NAE_ERA_R-1886_ENSV_Rahvamajanduse_Noukogu_Kergetoostuse_Valitsus, lk 164
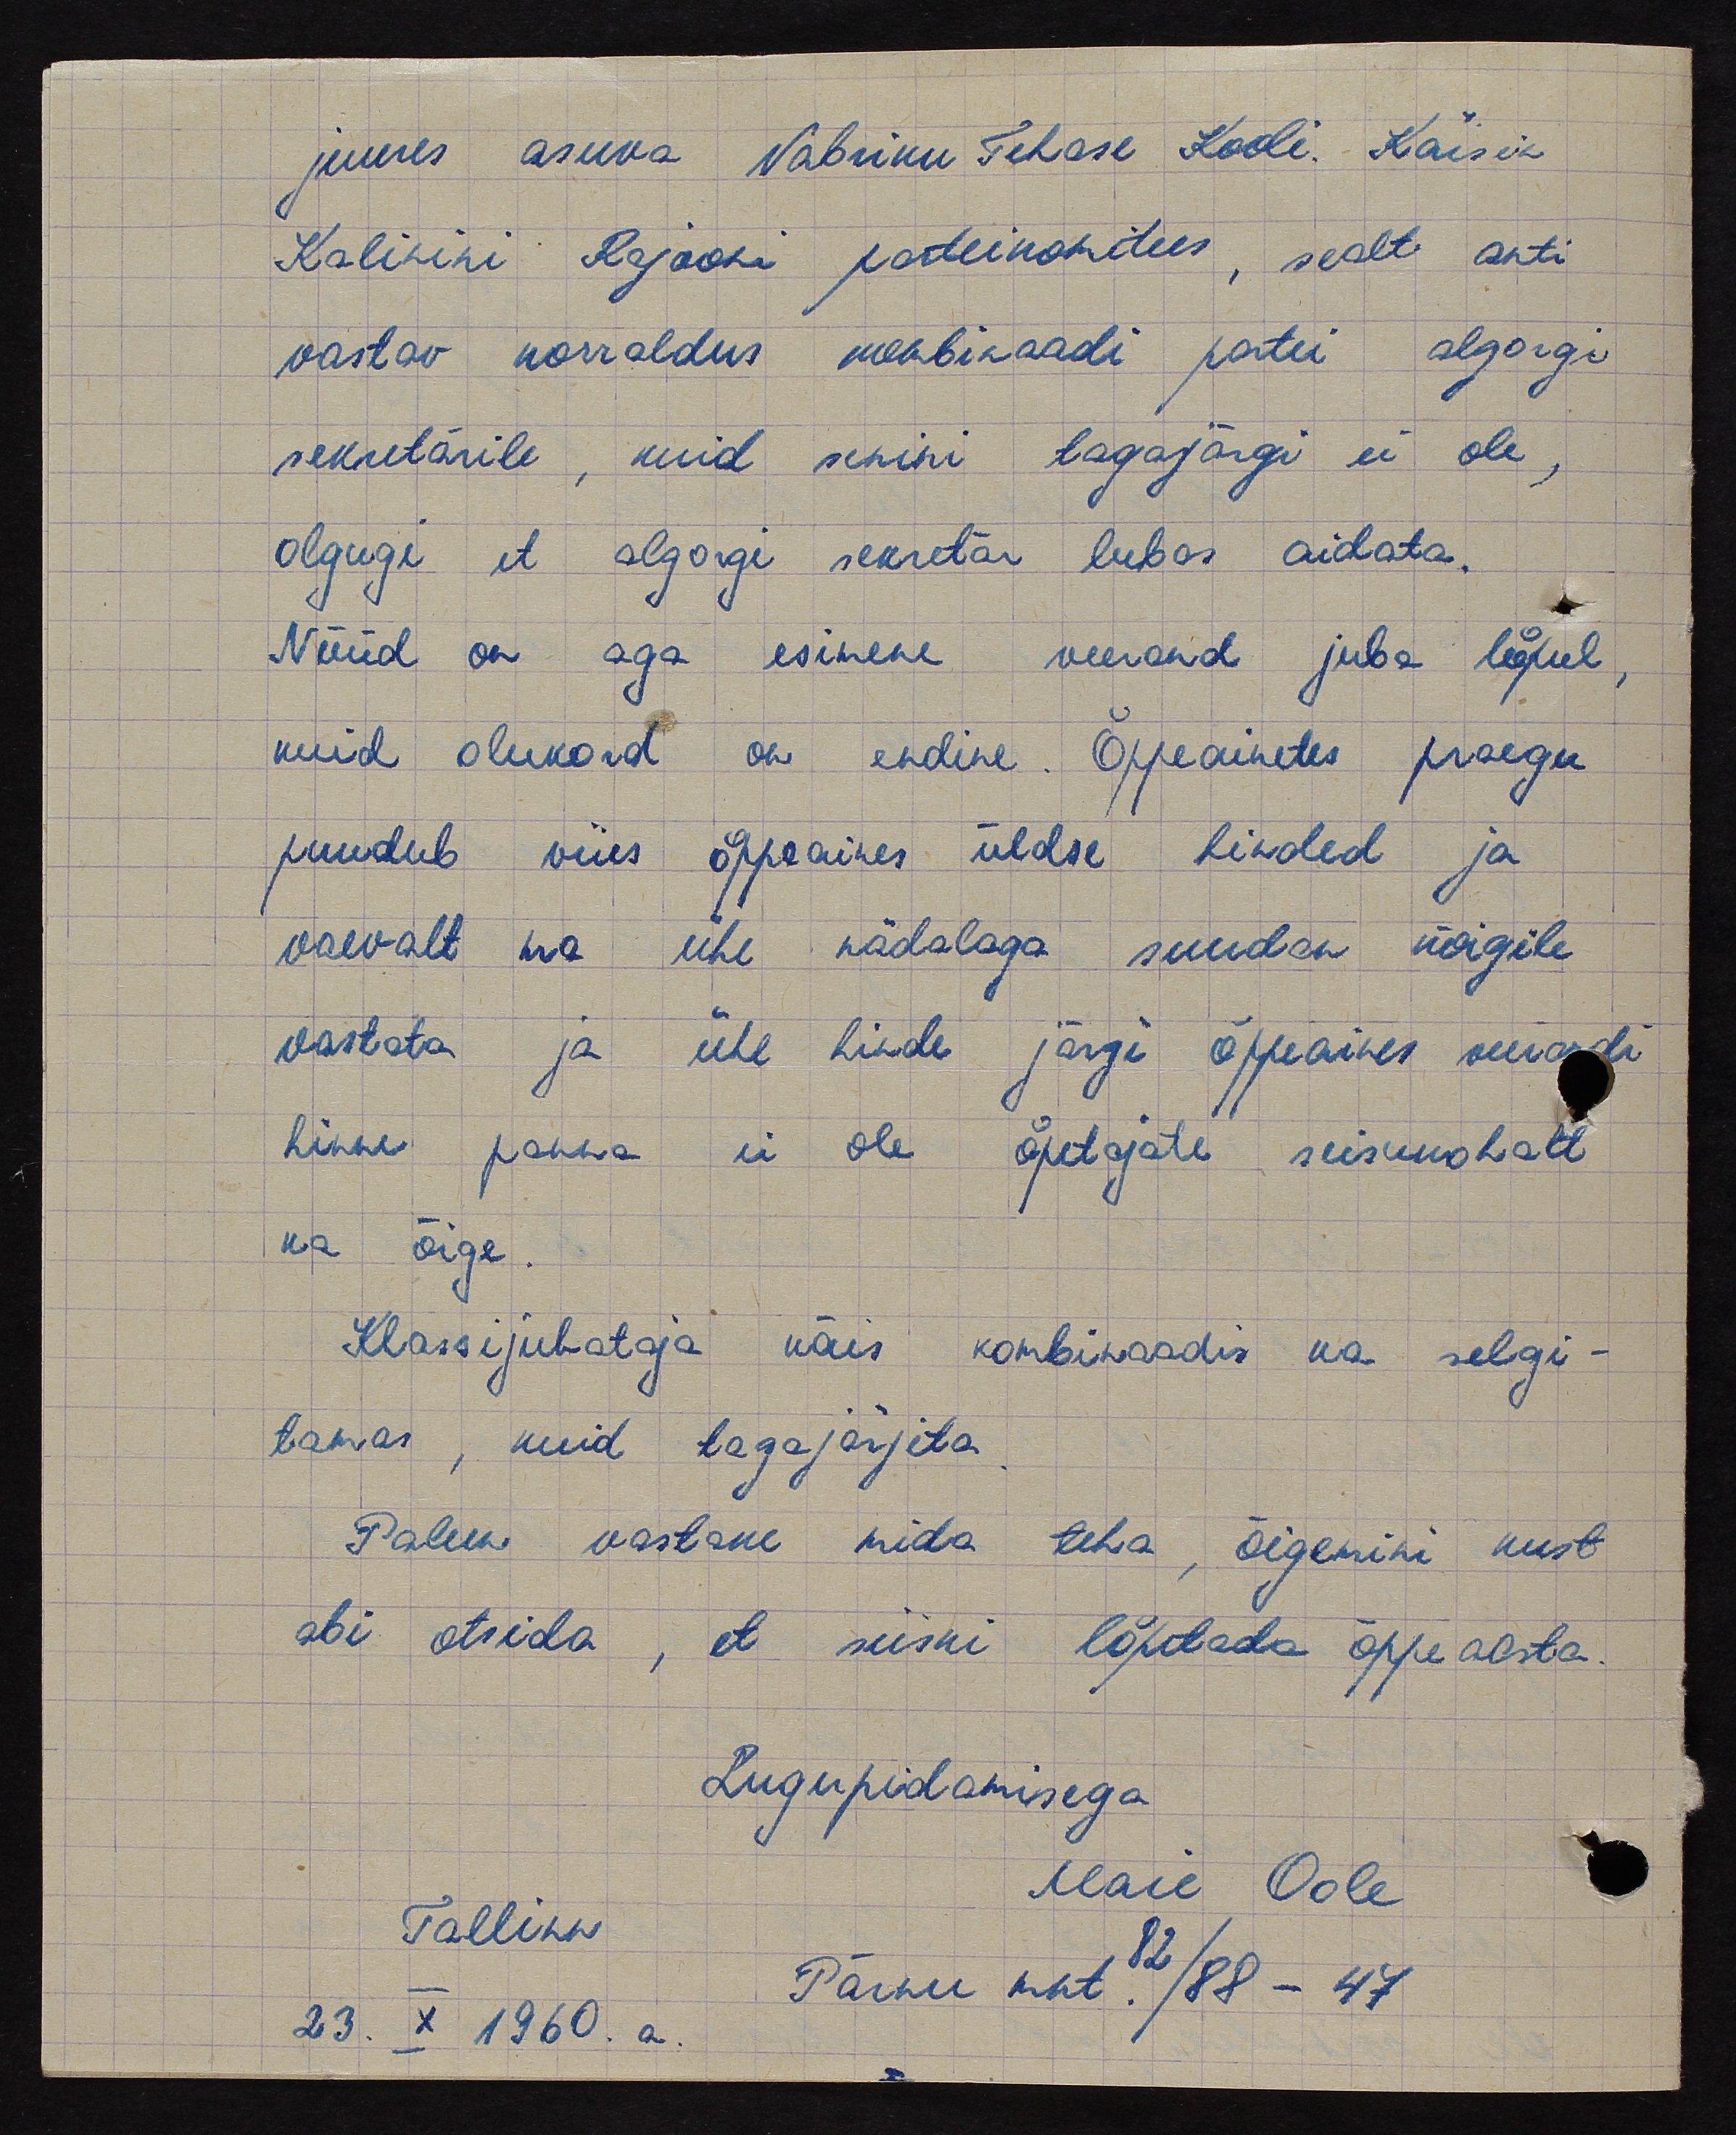
juures asuva Vabriku Tehase Kooli. Käisin
Kalinini Rajoonti parteikomitees, sealt anti
vastav korraldus kombinaadi partei algorgi
sekretärile, kuid senini tagajärgi ei ole,
olgugi et algorgi sekretär lubas aidata.
Nüüd on aga esimene veerand juba lõpul
kuid olukord on endine. Õppeainetes praegu
puudub viies õppaines üldse hinded ja
vaevalt ma ühe nädalaga suudan kõigile
vastata ja ühe hinde järgi õppeaines veerandi
hinne panna ei ole õpetajate seisukohalt
ka õige.
Klassijuhataja käis kombinaadis ka selgi-
tamas, kuid tagajärjeta.
Palun vastake mida teha, õigemini kust
abi otsida, et siiski lõpetada õppeaasta.
Lugupidamisega
Maie Oole
Tallinn,
Pärnu mnt. 82/88 - 47
23. X 1960. a.